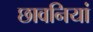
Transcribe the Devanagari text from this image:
छावनियां